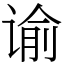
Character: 谕